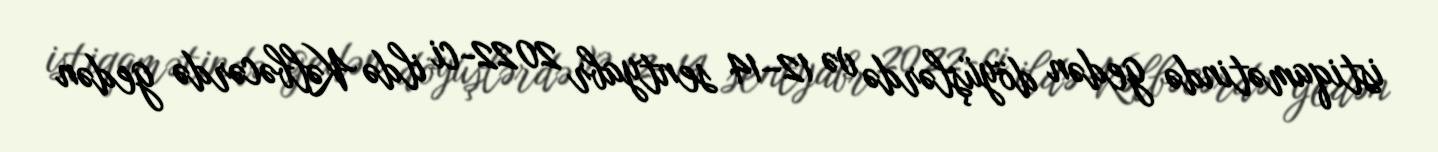
istiqamətində gedən döyüşlərdə və 12–14 sentyabr 2022-ci ildə Kəlbəcərdə gedən